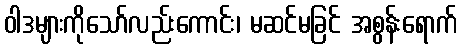
ဝါဒများကိုသော်လည်းကောင်း၊ မဆင်မခြင် အစွန်းရောက်